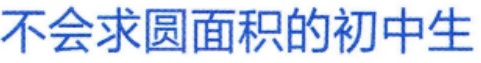
不会求圆面积的初中生